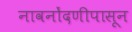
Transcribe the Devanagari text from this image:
नावनोंदणीपासून